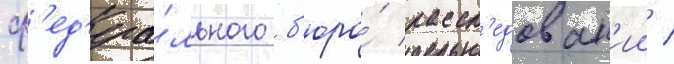
ф'ед'ера́льного б'юро́ рассл'едован'ии /